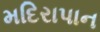
મદિરાપાન